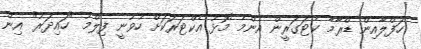
ހަފްލާއިން ޑްރާމާ ކެޓަގަރީން އެންމެ މޮޅު އެކްޓަރަކަށް ހުވުނީ ފިލްމު "ހައިދަރު" އިން